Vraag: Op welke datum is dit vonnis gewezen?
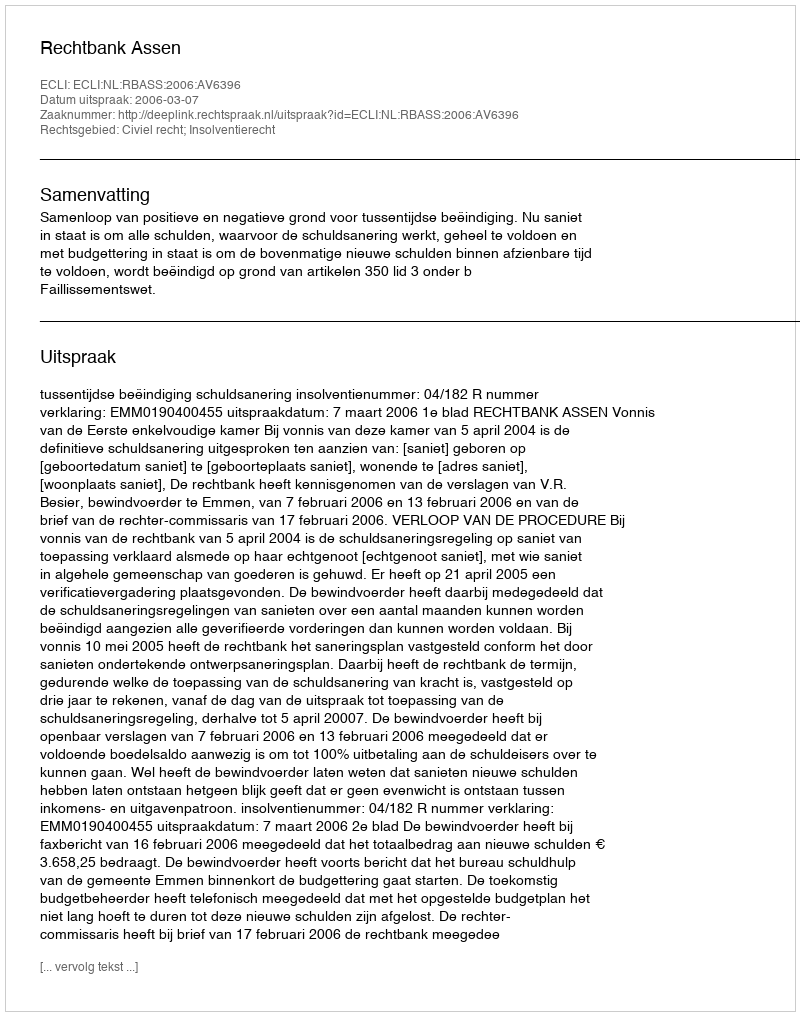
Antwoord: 2006-03-07